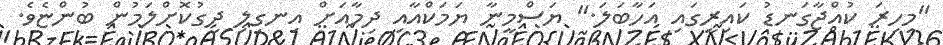
"މިހިރަ ކުއްޖާގަނޑު ކައިރީގައި އަހާބަލަ." ޔަސްމީނާ ޔަމަކްއާއި ދިމާއަށް އިނގިލި ދިގުކޮށްލަމުން ބުންޏެވެ.